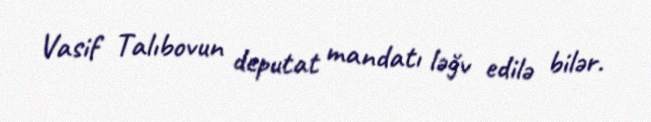
Vasif Talıbovun deputat mandatı ləğv edilə bilər.